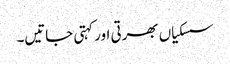
سسکیاں بھرتی اور کہتی جاتیں۔